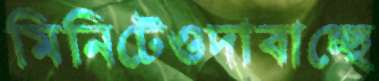
মিনিটেওদাবাচ্ছে